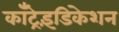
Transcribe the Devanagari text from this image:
काँट्रेइंडिकेशन